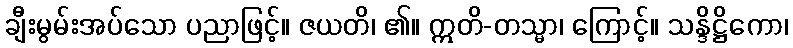
ချီးမွမ်းအပ်သော ပညာဖြင့်။ ဇယတိ၊ ၏။ ဣတိ-တသ္မာ၊ ကြောင့်။ သန္ဒိဋ္ဌိကော၊